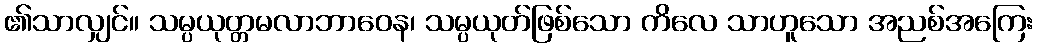
၏သာလျှင်။ သမ္ပယုတ္တမလာဘာဝေန၊ သမ္ပယုတ်ဖြစ်သော ကိလေ သာဟူသော အညစ်အကြေး